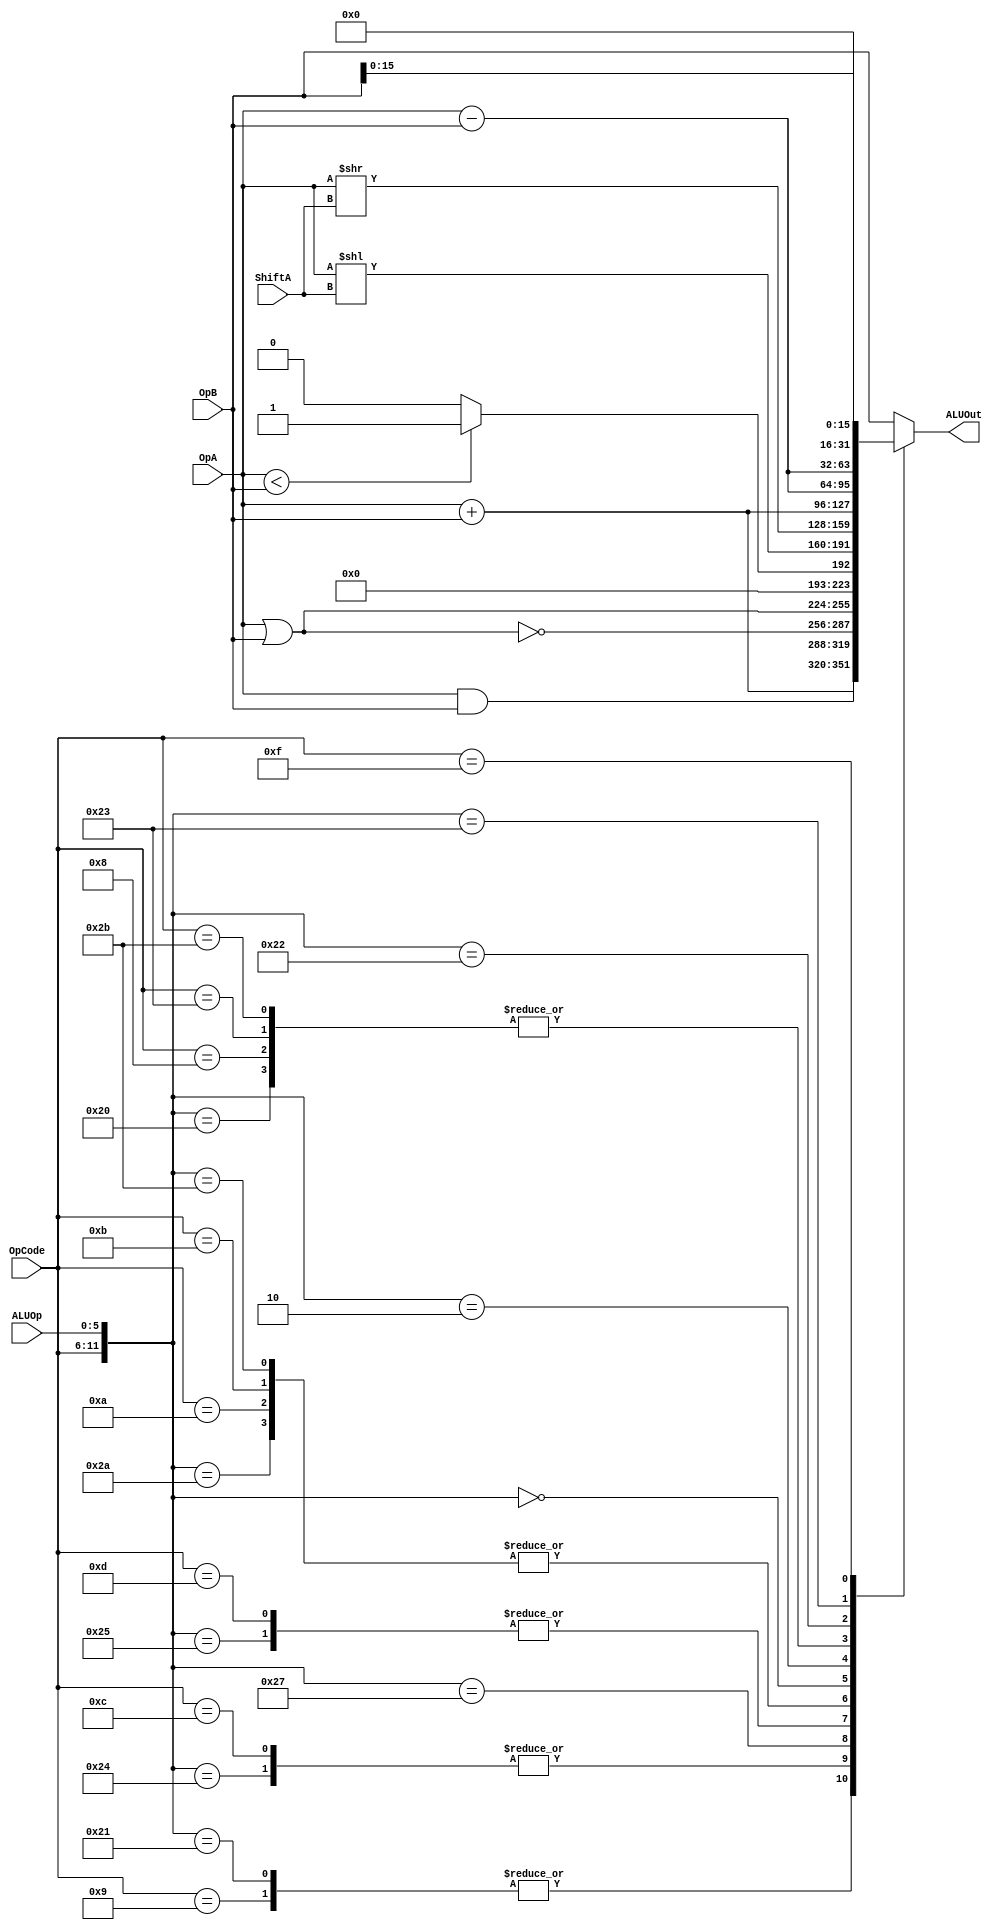
//---------------------------------------------------------
//		Execute Stage
//
//
// Class: EG-EE  597 Senior Project
//
//---------------------------------------------------------

module ALU (	OpA,
		OpB,
		ALUOp,
		OpCode,
		ShiftA,

		ALUOut
	  );

input [31:0]	OpA;
input [31:0]	OpB;
input [5:0]	ALUOp;
input [5:0]	OpCode;
input [4:0]	ShiftA;

output [31:0]	ALUOut;


	//------------------------
	// Definitions
	//------------------------

`define RF      6'h00
`define DNT	6'hxx
`define ADD	{`RF,6'h20}
`define ADDI	{6'h08,`DNT}
`define ADDIU	{6'h09,`DNT}
`define ADDU	{`RF,6'h21}
`define AND     {`RF,6'h24}
`define ANDI	{6'h0C,`DNT}
`define LW	{6'h23,`DNT}
`define NOR	{`RF,6'h27}
`define OR	{`RF,6'h25}
`define LUI     {6'h0F,`DNT}
`define ORI	{6'h0D,`DNT}
`define SLT	{`RF,6'h2A}
`define SLTI    {6'h0A,`DNT}
`define SLTIU   {6'h0B,`DNT}
`define SLTU    {`RF,6'h2B}
`define SLL 	{`RF,6'h00}
`define SRL	{`RF,6'h02}
`define SW	{6'h2B,`DNT}
`define SUB	{`RF,6'h22}
`define SUBU	{`RF,6'h23}


	//-------------------------
	// Register Declaration
	//-------------------------
 reg [32:0]	Xout;

    always @(OpA or OpB or ALUOp or OpCode)
	    casex ({OpCode, ALUOp})
		    `ADD  : Xout = OpA + OpB;
		    `ADDI : Xout = OpA + OpB;
		    `ADDIU: Xout = {1'b0, OpA + OpB};
		    `ADDU : Xout = {1'b0, OpA + OpB};
		    `AND  : Xout = {1'b0, OpA & OpB};
		    `ANDI : Xout = {1'b0, OpA & OpB};
		    `LW   : Xout = OpA + OpB;
		    `NOR  : Xout = {1'b0, ~(OpA | OpB)};
		    `OR   : Xout = {1'b0,  (OpA | OpB)};
		    `ORI  : Xout = {1'b0,  (OpA | OpB)};
		    `SLT  : Xout = (OpA < OpB) ? 32'h1 : 32'h0;
		    `SLTI : Xout = (OpA < OpB) ? 32'h1 : 32'h0;
		    `SLTIU: Xout = (OpA < OpB) ? 32'h1 : 32'h0;
		    `SLTU : Xout = (OpA < OpB) ? 32'h1 : 32'h0;
		    `SLL  : Xout = OpA << ShiftA;
		    `SRL  : Xout = OpA >> ShiftA;
		    `SW   : Xout = OpA + OpB;
		    `SUB  : Xout = OpA - OpB;
		    `SUBU : Xout = {1'b0, (OpA - OpB)};
		    `LUI  : Xout = {OpB[15:0],16'b0};
		   default: Xout = {1'b0,OpB}; 
		    
	    endcase
	    
 assign ALUOut = Xout[31:0];
 
endmodule